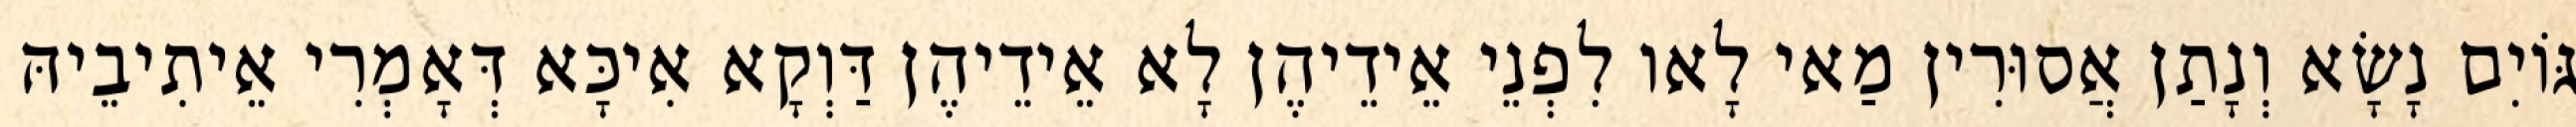
גּוֹיִם נָשָׂא וְנָתַן אֲסוּרִין מַאי לָאו לִפְנֵי אֵידֵיהֶן לָא אֵידֵיהֶן דַּוְקָא אִיכָּא דְּאָמְרִי אֵיתִיבֵיהּ